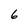
Character: 6